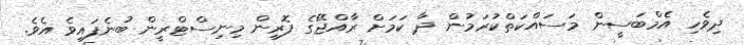
ދިވެހި އެމްބަސީން މަސައްކަތްކުރަމުން ދާ ކަމަށް ރާއްޖޭގެ ފޮރިން މިނިސްޓްރީން ބުނެފައިވެ އެވެ.